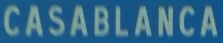
CASABLANCA